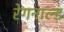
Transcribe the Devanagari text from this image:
रेगनाल्ड